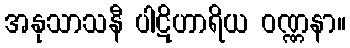
အနုသာသနီ ပါဋိဟာရိယ ဝဏ္ဏနာ။